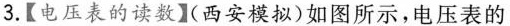
3.【电压表的读数】(西安模拟)如图所示，电压表的